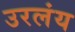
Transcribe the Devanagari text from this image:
उरलंय